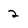
Character: 2